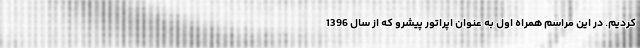
کردیم. در این مراسم همراه اول به عنوان اپراتور پیشرو که از سال 1396